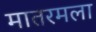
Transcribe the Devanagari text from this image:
मातरमला